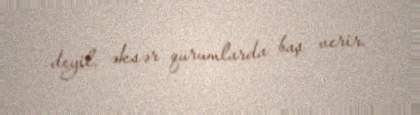
deyil, əksər qurumlarda baş verir.